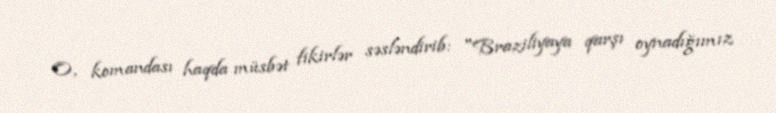
O, komandası haqda müsbət fikirlər səsləndirib: "Braziliyaya qarşı oynadığımız